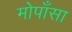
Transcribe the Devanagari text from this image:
मोपाँसा